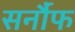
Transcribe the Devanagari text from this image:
सर्नौफ